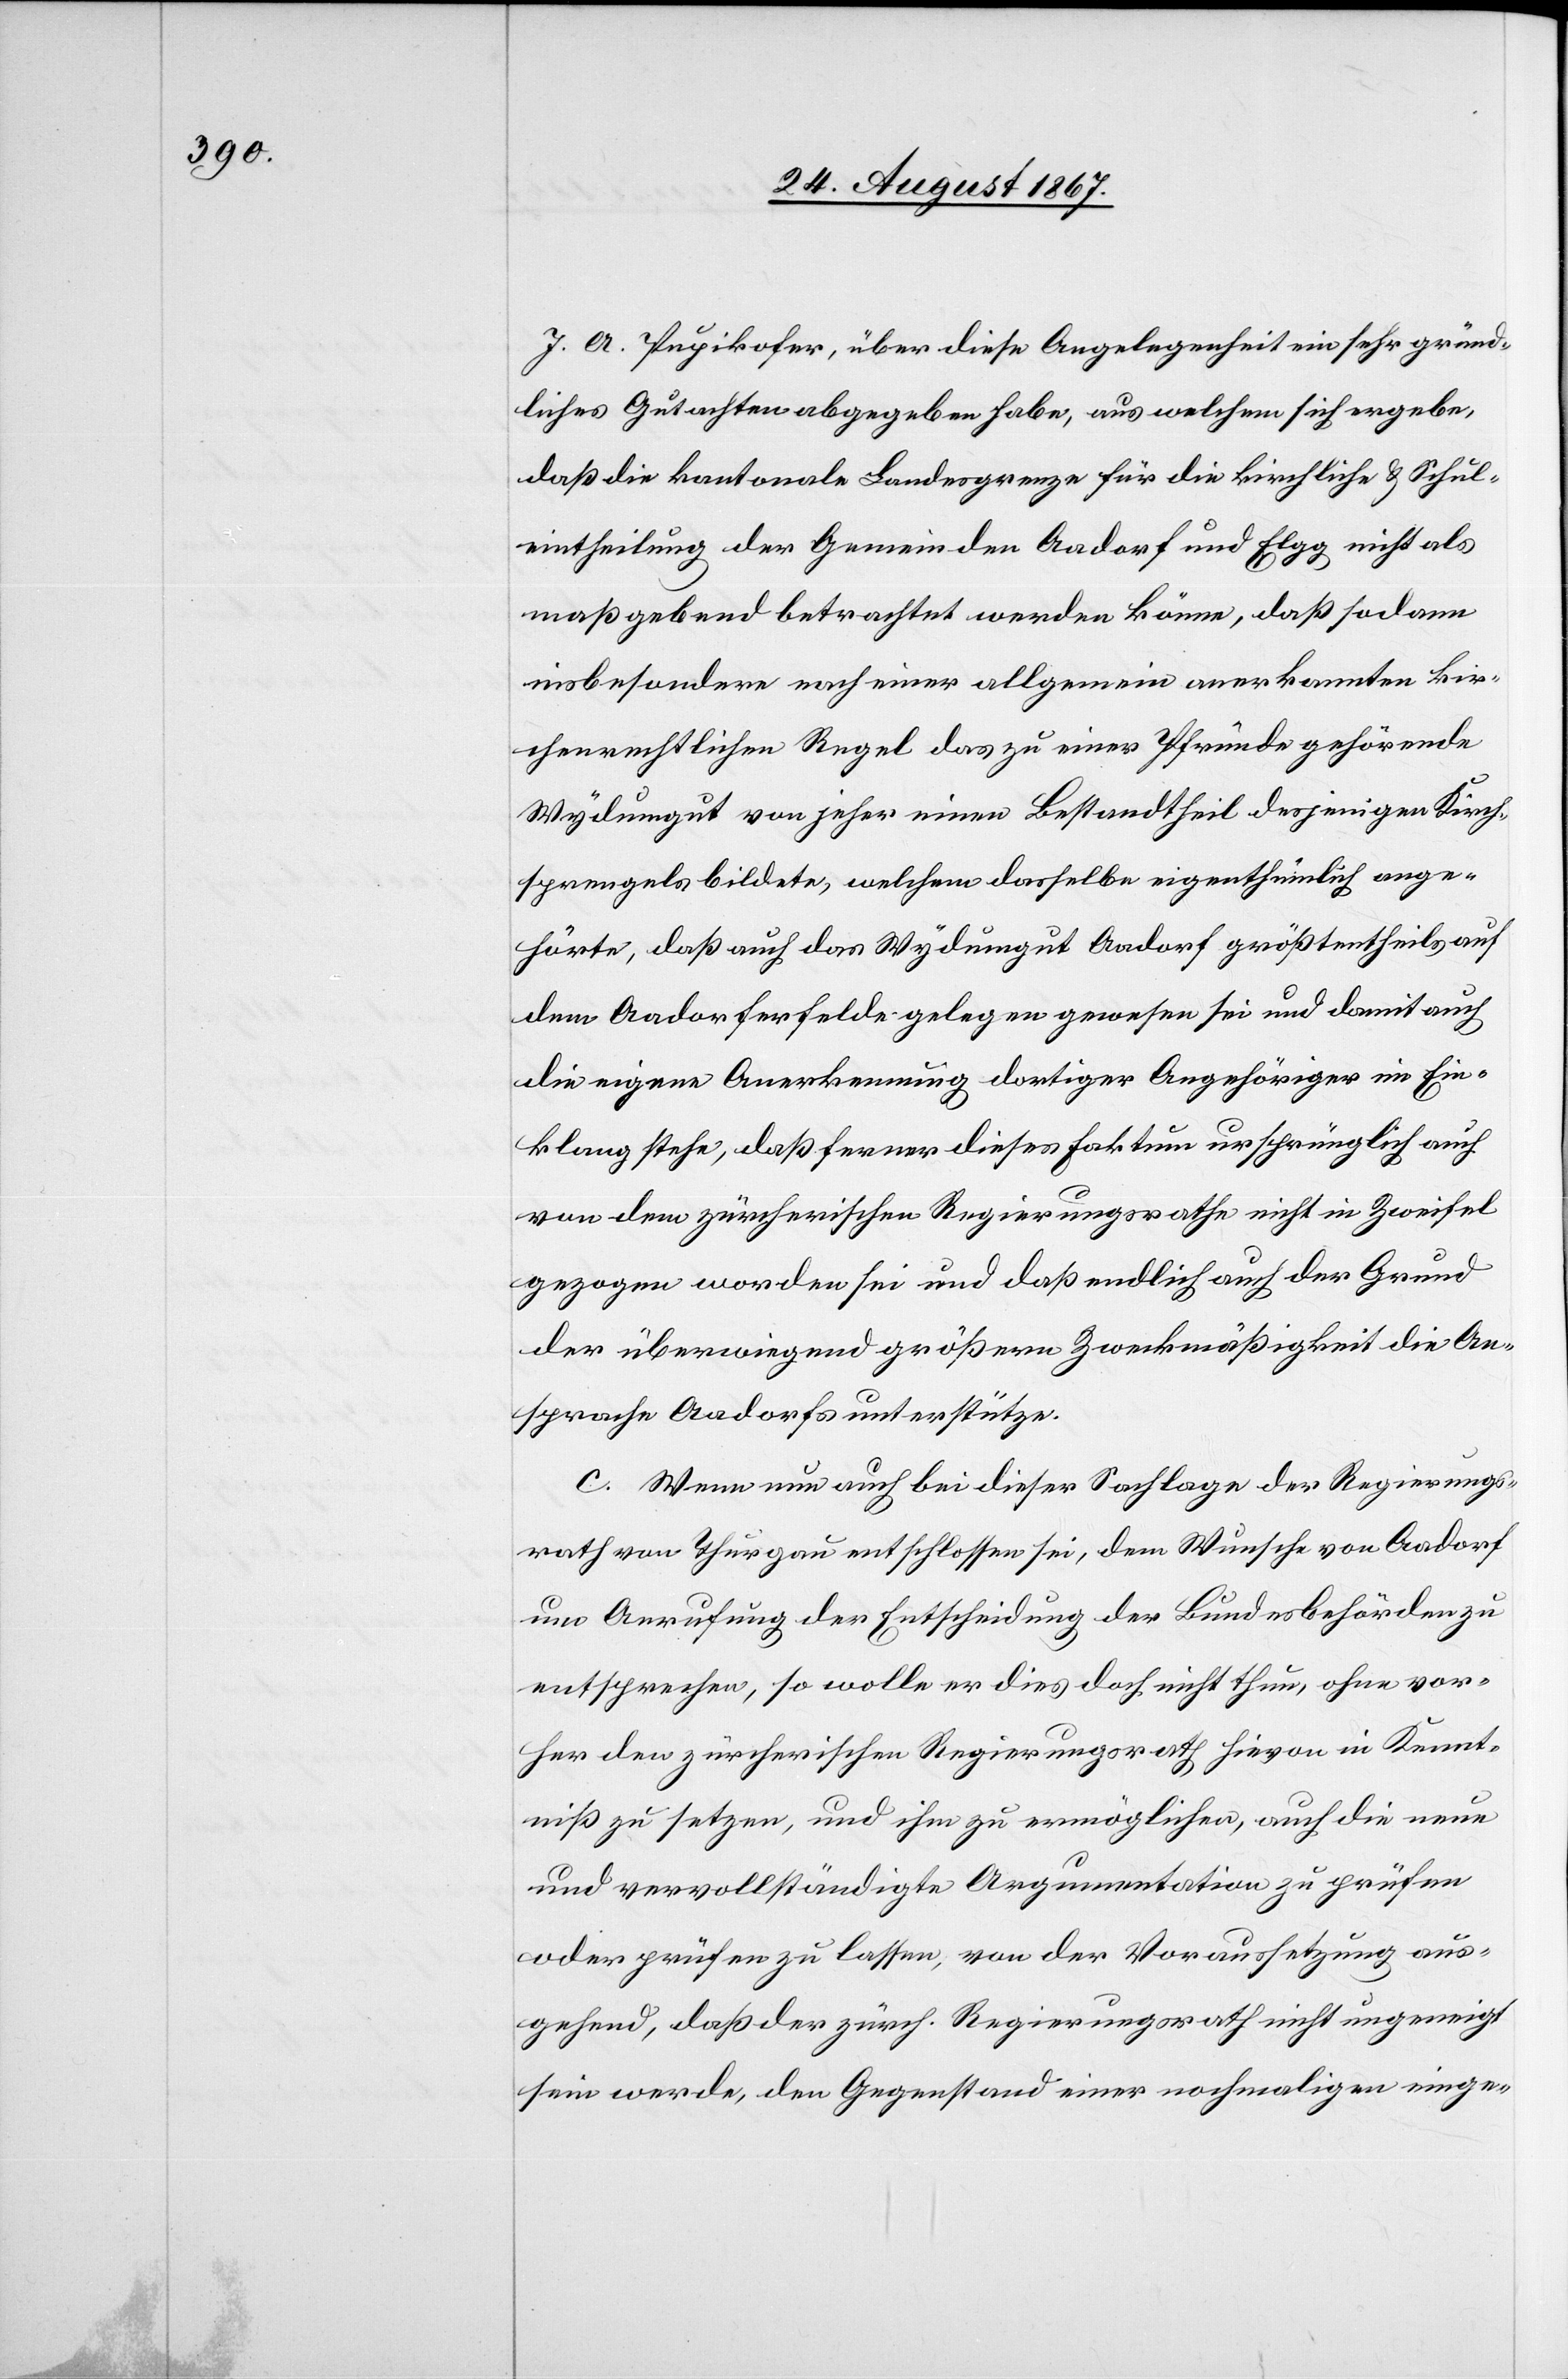
J. A. Pupikofer, über diese Angelegenheit ein sehr gründ¬
liches Gutachten abgegeben habe, aus welchem sich ergebe,
daß die kantonale Landesgrenze für die kirchliche u. Schul¬
eintheilung der Gemeinden Aadorf und Elgg nicht als
maßgebend betrachtet werden könne, daß sodann
insbesondere nach einer allgemein anerkannten kir¬
chenrechtlichen Regel das zu einer Pfründe gehörende
Wydumgut von jeher einen Bestandtheil desjenigen Kirche¬
nsprengels bildete, welchem dasselbe eigenthümlich ange¬
hörte, daß auch das Wydumgut Aadorf größtentheils auf
dem Aadorferfelde gelegen gewesen sei und damit auch
die eigene Anerkennung dortiger Angehöriger im Ein¬
klang stehe, daß ferner dieses Faktum ursprünglich auch
von dem zürcherischen Regierungsrathe nicht in Zweifel
gezogen worden sei und daß endlich auch der Grund
der überwiegend größern Zweckmäßigkeit die An¬
sprache Aadorfs unterstütze.
c. Wenn nun auch bei dieser Sachlage der Regierungs¬
rath von Thurgau entschlossen sei, dem Wunsche von Aadorf
um Anrufung der Entscheidung der Bundesbehörden zu
entsprechen, so wolle er dies doch nicht thun, ohne vor¬
her den zürcherischen Regierungsrath hievon in Kennt¬
niß zu setzen, und ihm zu ermöglichen, auch die neue
und vervollständigte Argumentation zu prüfen
oder prüfen zu lassen, von der Voraussetzung aus¬
gehend, daß der zürch. Regierungsrath nicht ungeneigt
sein werde, den Gegenstand einer nochmaligen einge-